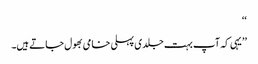
‘‘
’’یہی کہ آپ بہت جلدی پہلی خامی بھول جاتے ہیں۔